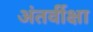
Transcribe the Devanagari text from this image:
अंतर्वीक्षा